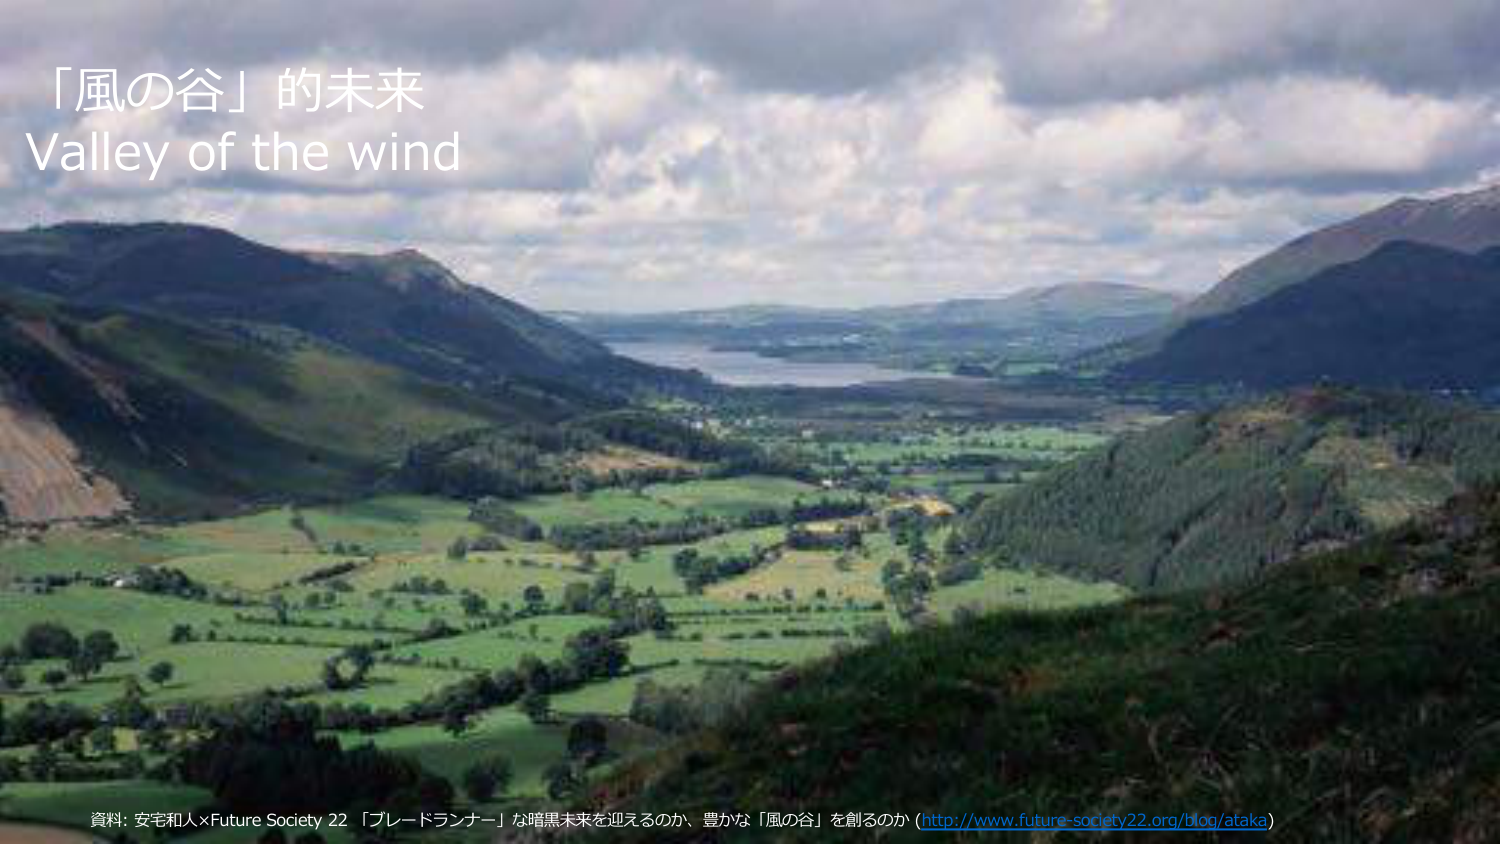
「風の谷」的未来
Valley of the wind

資料: 安宅和人×Future Society 22 「ブレードランナー」な暗黒未来を迎えるのか、豊かな「風の谷」を創るのか (http://www.future-society22.org/blog/ataka)